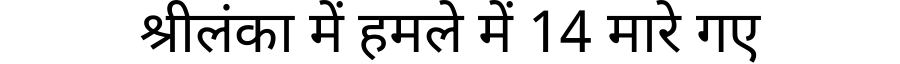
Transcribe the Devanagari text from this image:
श्रीलंका में हमले में 14 मारे गए